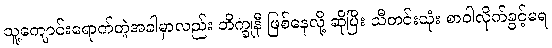
သူ့ကျောင်းရောက်တဲ့အခါမှာလည်း ဘိက္ခုနီ ဖြစ်နေလို့ ဆိုပြီး သီတင်းသုံး စာဝါလိုက်ခွင့်မရ